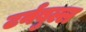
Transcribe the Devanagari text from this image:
टर्नबुल्ल